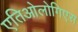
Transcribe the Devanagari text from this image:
एतिओलोगिएस